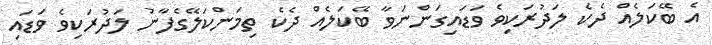
އެ ބޭކަލެއް ދެކެ ލަދުރަކިވެ ވަޑައިގަންނަވާ ބޭކަލެއް ދެކެ ތިމަންކަލޭގެފާނު ލަދުރަކިވެ ވަޑައި